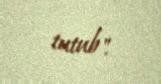
tutub".